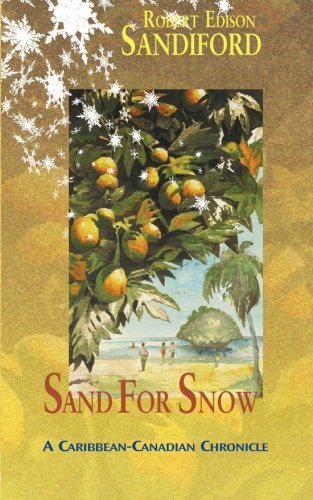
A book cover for Sand for Snow: A Caribbean-Canadian Chronicle; Robert Edison Sandiford; Travel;